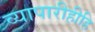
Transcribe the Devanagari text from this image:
व्यापारीहीहि